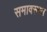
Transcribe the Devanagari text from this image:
समावसरण